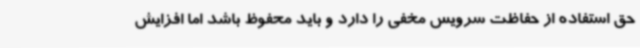
حق استفاده از حفاظت سرویس مخفی را دارد و باید محفوظ باشد اما افزایش